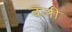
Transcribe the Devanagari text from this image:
वॅली